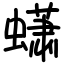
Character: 蟏